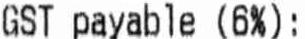
GST PAYABLE (6%):